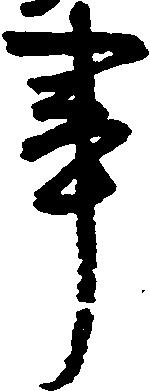
事